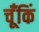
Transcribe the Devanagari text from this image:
चूँकिं